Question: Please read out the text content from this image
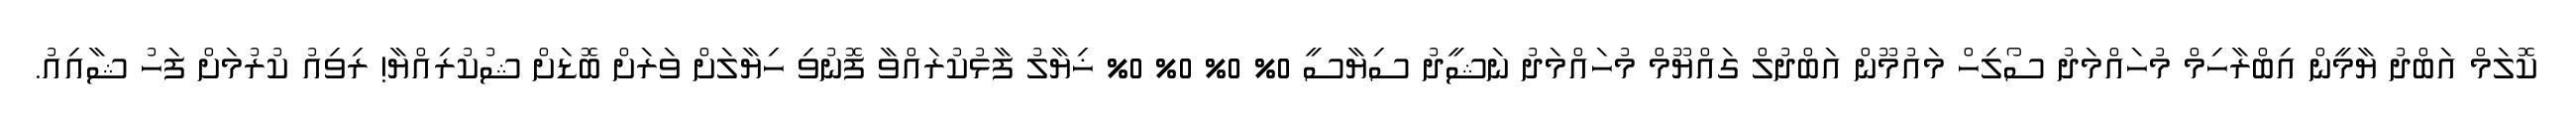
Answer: ކޮލަމް އަބްދު ޔާމީން އިބްރާހިމް މުހައްމަދު ސޯލިހް މައުމޫން އަބްދުލް ގައްޔޫމް މުހައްމަދު ނަޝީދު ސިޔާސީ 0% 0% 0% 0% ޚިޔާލު ފާޅުކުރައްވާ ފޮނުވި ހިޔާލަށް ވަރަށް ބޮޑަށް ޝުކުރިއްޔާ! ރިވިއު ކުރުމަށް ފަހު ޝާއިއު.